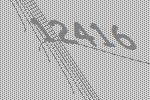
12416